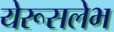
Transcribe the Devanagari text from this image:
येरूसलेभ